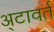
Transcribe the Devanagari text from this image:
अ्टावर्त